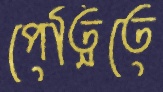
পেত্নিতে